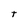
Character: t